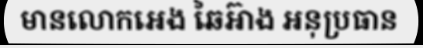
មានលោកអេង ឆៃអ៊ាង អនុប្រធាន